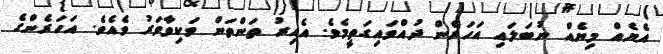
އެޔެއް މިޔެއް ނުބަލައި އަހަރެން ދުއްވައިގަތީމެވެ. އެއިރު ތަންތަން ވަކިވާވަރު ވެއެވެ. އަހަރެންގެ